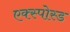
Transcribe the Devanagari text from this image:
एक्स्पोस्ड